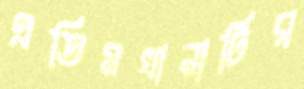
এতিমখানাটির